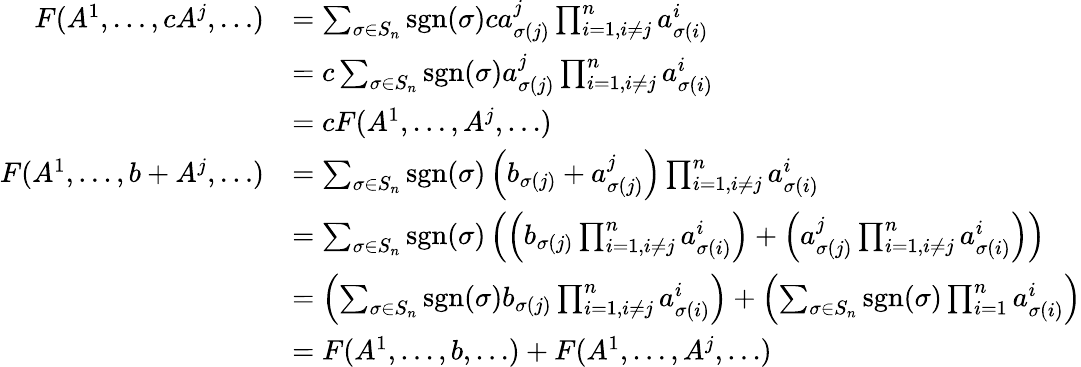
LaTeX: {\begin{array}{rl}{F(A^{1},\dots,cA^{j},\dots)}&{=\sum_{\sigma\in S_{n}}\operatorname{sgn}(\sigma)ca_{\sigma(j)}^{j}\prod_{i=1,i\neq j}^{n}a_{\sigma(i)}^{i}}\\ &{=c\sum_{\sigma\in S_{n}}\operatorname{sgn}(\sigma)a_{\sigma(j)}^{j}\prod_{i=1,i\neq j}^{n}a_{\sigma(i)}^{i}}\\ &{=cF(A^{1},\dots,A^{j},\dots)}\\ {F(A^{1},\dots,b+A^{j},\dots)}&{=\sum_{\sigma\in S_{n}}\operatorname{sgn}(\sigma)\left(b_{\sigma(j)}+a_{\sigma(j)}^{j}\right)\prod_{i=1,i\neq j}^{n}a_{\sigma(i)}^{i}}\\ &{=\sum_{\sigma\in S_{n}}\operatorname{sgn}(\sigma)\left(\left(b_{\sigma(j)}\prod_{i=1,i\neq j}^{n}a_{\sigma(i)}^{i}\right)+\left(a_{\sigma(j)}^{j}\prod_{i=1,i\neq j}^{n}a_{\sigma(i)}^{i}\right)\right)}\\ &{=\left(\sum_{\sigma\in S_{n}}\operatorname{sgn}(\sigma)b_{\sigma(j)}\prod_{i=1,i\neq j}^{n}a_{\sigma(i)}^{i}\right)+\left(\sum_{\sigma\in S_{n}}\operatorname{sgn}(\sigma)\prod_{i=1}^{n}a_{\sigma(i)}^{i}\right)}\\ &{=F(A^{1},\dots,b,\dots)+F(A^{1},\dots,A^{j},\dots)}\end{array}}